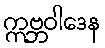
ဣဗ္ဘဝါဒေန